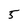
Character: 5